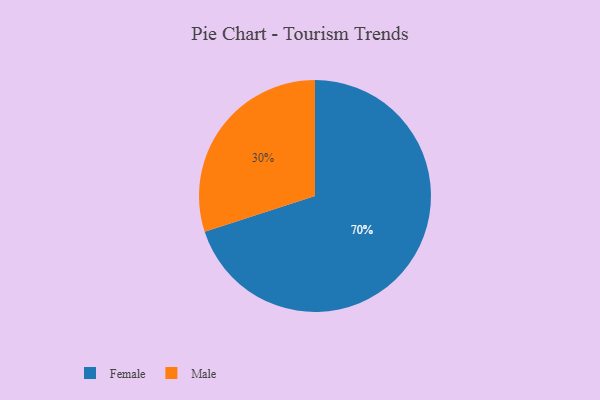
{"axis": {"x": "Category", "y": "Percentage"}, "legend": ["Female", "Male"], "data": [{"x": "Male", "y": 30, "type": "Male"}, {"x": "Female", "y": 70, "type": "Female"}]}